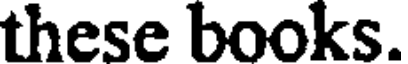
these books.